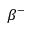
\beta ^ { - }